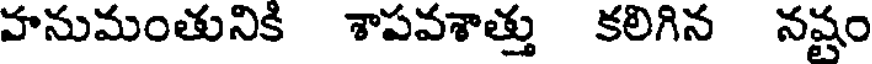
హనుమంతునికి శాపవశాత్తు కలిగిన నష్టం